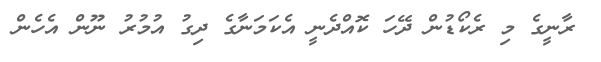
ރާނީގެ މި ރެކޯޑުން ދޭހަ ކޮއްދެނީ އެކަމަނާގެ ދިގު އުމުރު ނޫން އެހެން